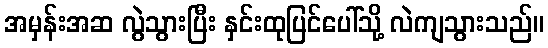
အမှန်းအဆ လွဲသွားပြီး နှင်းထုပြင်ပေါ်သို့ လဲကျသွားသည်။